Leaving Certificate, 1898
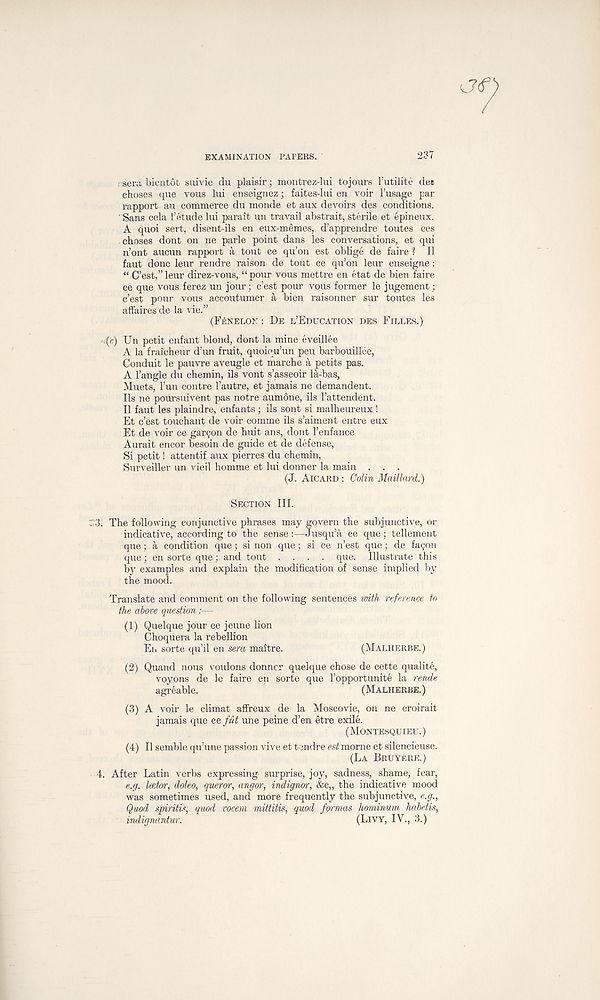
EXAMINATION PAPERS.
237
r sera, bientot suivie du plaisir; montrez-lui tojours 1’utilite des
choses que vous lui enseignez; faites-lui en voir 1’usage par
rapport an commerce du monde et aux devoirs des conditions.
Sans cela I’etude lui parait un travail abstrait, sterile et epineux.
A quoi sert, disent-ils en eux-memes, d’apprendre toutes ces
cboses dont on ne parle point dans les conversations, et qui
n’ont aucun rapport a tout ce qu’on est oblige de faire'? II
faut done leur rendre raison de tout ee qu’on leur enseigne :
“ C’est,” leur direz-vous, “ pour vous mettre en etat de bien faire
ce que vous ferez un jour; c’est pour vous former le jugement;
c’est pour vous accoutumer a bien raisonner sur toutes les
affaires de la vile.”
(FF.NELON : DE L’EDUCATION DES FILLES.)
.(c) Un petit enfant blond, dont la mine eveillee
A la fraicheur d’un fruit, quoiqu’un peu barbouillee,
Conduit le pauvre aveugle et marche a petits pas.
A Tangle du chemin, ils vont s’asseoir la-bas,
Muets, Tun contre Tautre, et jamais ne demandent.
Ils ne poursuivent pas notre aumone, ils Tattendent.
11 faut les plaindre, enfants; ils sont si malheureux !
Et c’est touchant de voir comme ils s’aiment entre eux
Et de voir ce garc^on de huit ans, dont 1’enfance
Aurait encor besoin de guide et de defense,
Si petit! attentif aux pierres du chemin,
Surveiller un vieil homme et lui donner la main . . .
(J. AICARD : Colin Maillard.)
SECTION III.
;; 3. The following conjunctive phrases may govern the subjunctive, or
indicative, according to the sense :—Jusqu’a ce que ; tellement
que; a condition que; si non que; si ce n’est que; de fafjon
que; en sorte que; and tout .... que. Illustrate this
by examples and explain the modification of sense implied by
the mood.
Translate and comment on the following sentences with reference to
the above question :—
(1) Quelque jour ce jeune lion
Choquera la rebellion
En sorte qu’il en sera maitre.
(MALHERBE.)
(2) Quand nous voulons donner quelque chose de cette qualite,
voyons de le faire en sorte que Topportunite la rende
agr cable.
(MALHERBE.)
(3) A voir le climat affreux de la Moscovie, on ne croirait
jamais que ce fut une peine d’en etre exile.
(MONTESQUIEU.)
(4) II semble qu’une passion vive et tendre est morne et silencieuse.
(LA BRUYERE.)
4. After Latin verbs expressing surprise, joy, sadness, shame, fear,
e.g. Icetor, doleo, queror, angor, indignor, &c„ the indicative mood
was sometimes used, and more frequently the subjunctive, e.g.,
Quod spiritis, quod vocein mittitis, quod formas horninum, habetis,
indignantur.
(LIVY, IV., 3.)